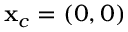
\mathbf { x } _ { c } = ( 0 , 0 )